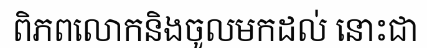
ពិភពលោកនិងចូលមកដល់ នោះជា